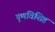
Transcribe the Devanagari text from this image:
गुणविशिष्ट